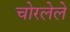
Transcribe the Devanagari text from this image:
चोरलेले